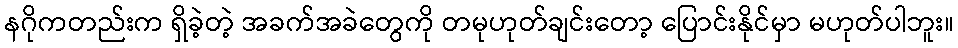
နဂိုကတည်းက ရှိခဲ့တဲ့ အခက်အခဲတွေကို တမုဟုတ်ချင်းတော့ ပြောင်းနိုင်မှာ မဟုတ်ပါဘူး။